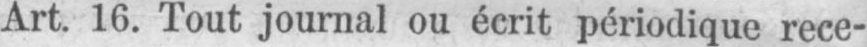
Art. 16. Tout journal ou écrit périodique rece-